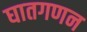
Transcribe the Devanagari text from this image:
घातगणन